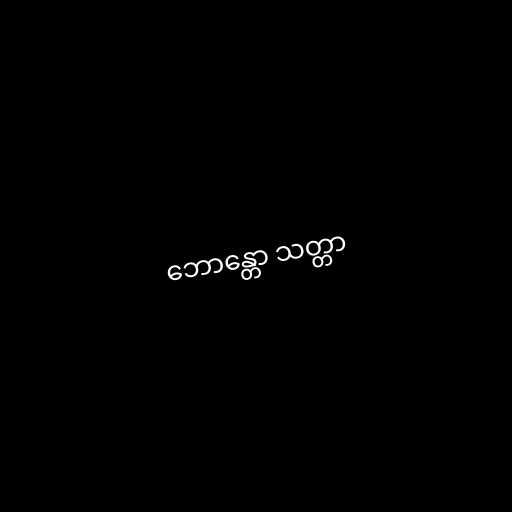
ဘောန္တော သတ္တာ